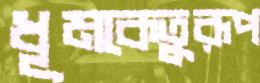
ধূমকেতুরূপ